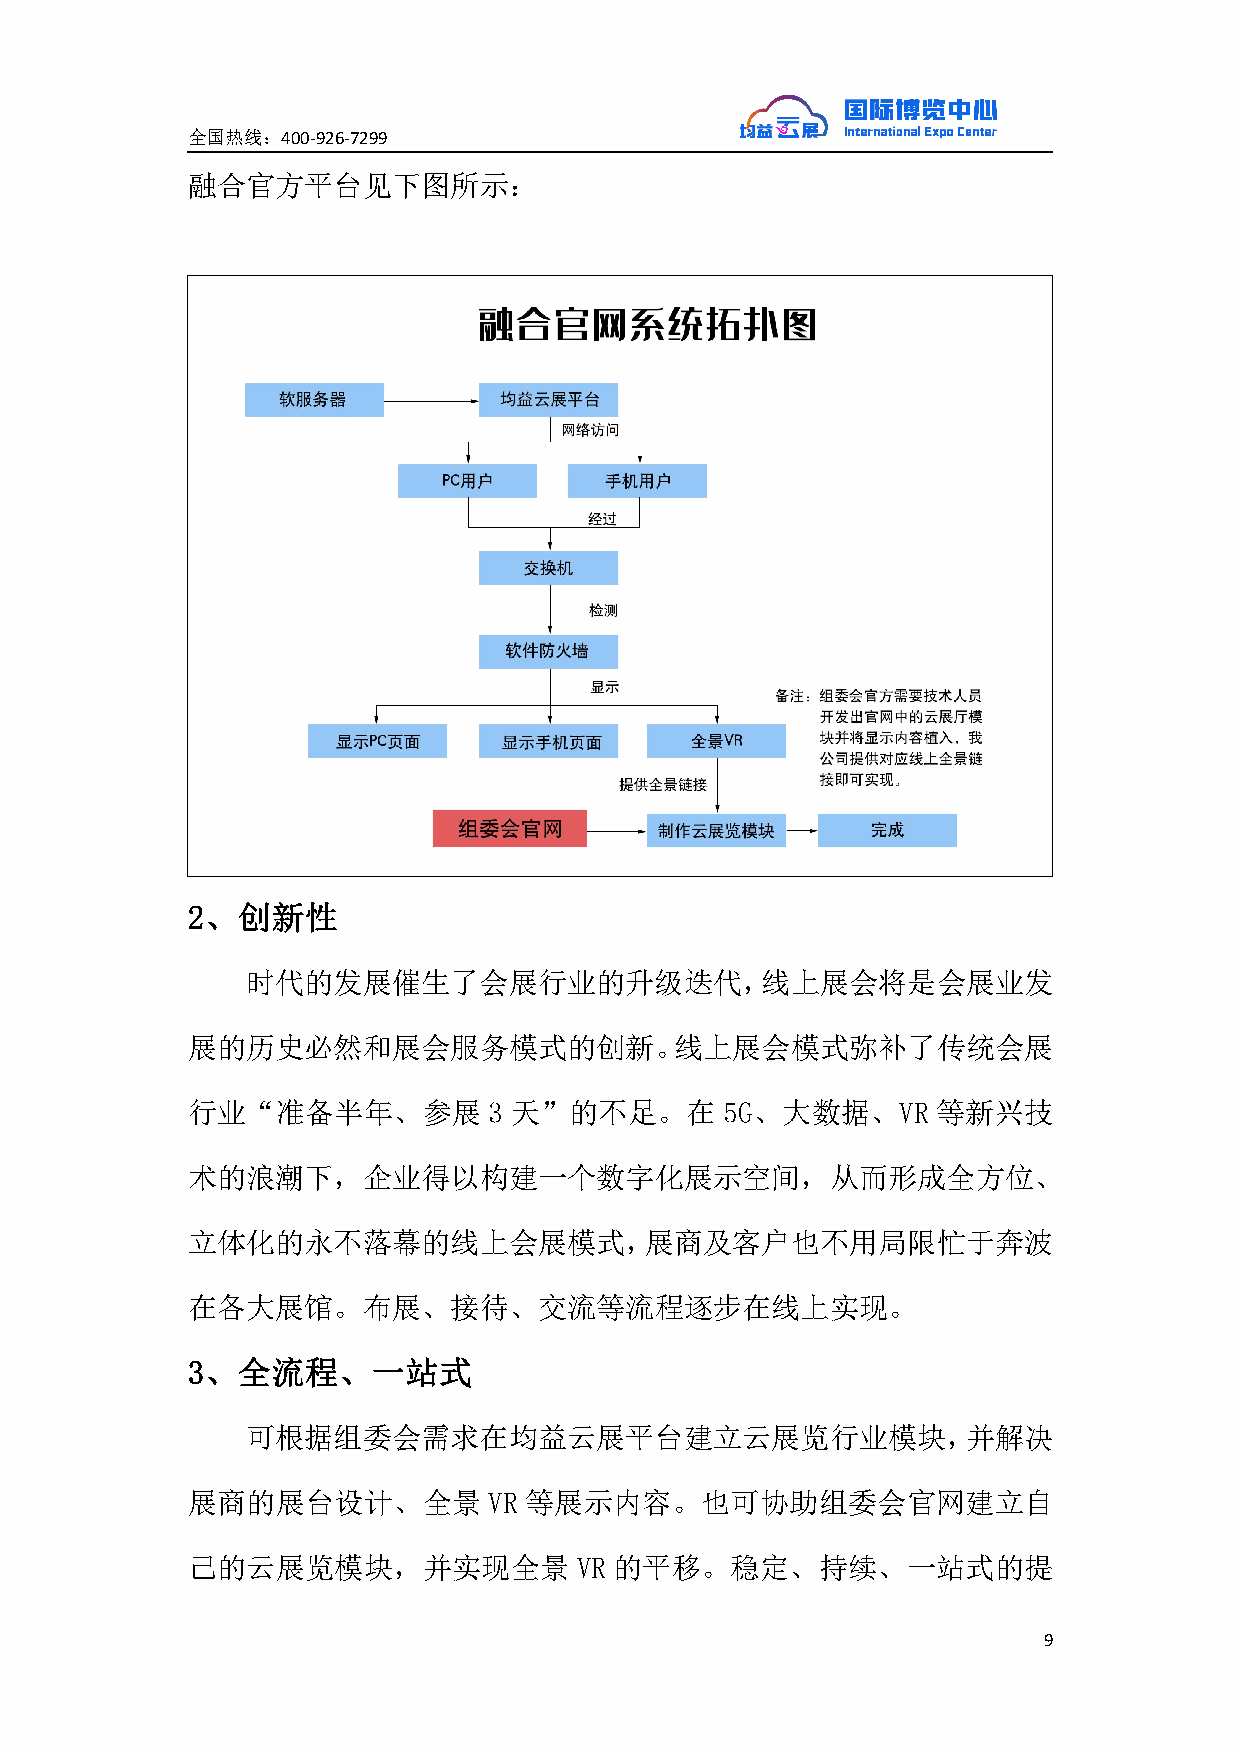
全国热线：400-926-7299
 融合官方平台见下图所示：
 2、创新性
 时代的发展催生了会展行业的升级迭代，线上展会将是会展业发
 展的历史必然和展会服务模式的创新。线上展会模式弥补了传统会展
 行业“准备半年、参展          3 天”的不足。在       5G、大数据、VR     等新兴技
 术的浪潮下，企业得以构建一个数字化展示空间，从而形成全方位、
 立体化的永不落幕的线上会展模式，展商及客户也不用局限忙于奔波
 在各大展馆。布展、接待、交流等流程逐步在线上实现。
 3、全流程、一站式
 可根据组委会需求在均益云展平台建立云展览行业模块，并解决
 展商的展台设计、全景          VR 等展示内容。也可协助组委会官网建立自
 己的云展览模块，并实现全景             VR 的平移。稳定、持续、一站式的提
 9